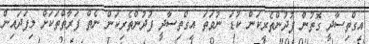
އިގްތިސާދީ ގޮތުން ފުދުންތެރިކަން ކުޑަ ނުވަތަ އިގްތިސާދީ ފުދުންތެރިކަން ނެތް ފަރާތްތަކަށް މިފަދައިން